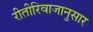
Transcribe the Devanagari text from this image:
रीतीरिवाजानुसार